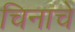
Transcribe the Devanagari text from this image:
चिनाचे